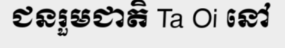
ជនរួមជាតិ Ta Oi នៅ